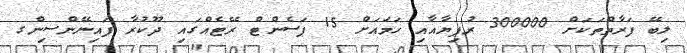
ލިބޭ ފަރާތްތަކަށް 300000 ރުފިޔާއާއި ހަމައަށް 15 ޕަސެންޓް ރޭޓެއްގައި ދޫކުރާ ފައިނޭންސިންގ